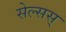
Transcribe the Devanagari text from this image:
सेल्सस्